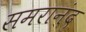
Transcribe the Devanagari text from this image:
समरानंद